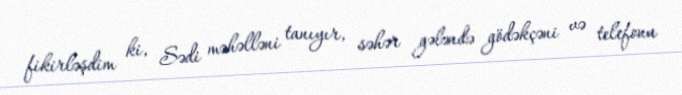
fikirləşdim ki, Sədi məhəlləni tanıyır, səhər gələndə gödəkçəni və telefonu